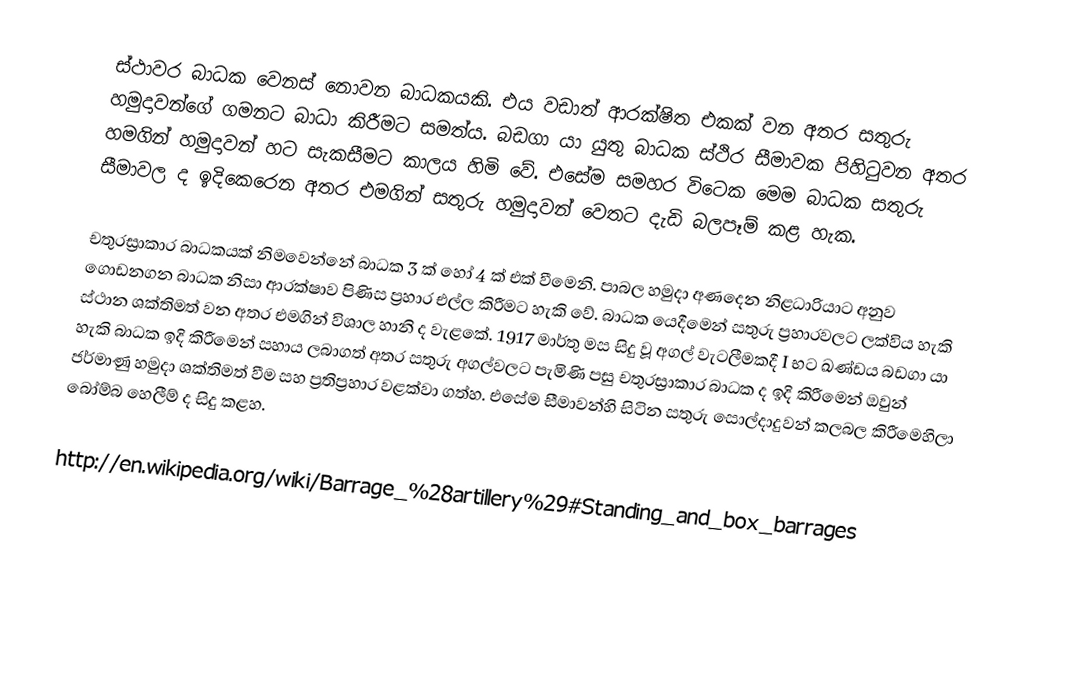
ස්ථාවර බාධක වෙනස් නොවන බාධකයකි. එය වඩාත් ආරක්ෂිත එකක් වන අතර සතුරු හමුදාවන්ගේ ගමනට බාධා කිරීම‍ට සමත්ය. බඩගා යා යුතු බාධක ස්ථිර සීමාවක පිහිටුවන අතර හමගින් හමුදාවන් හට සැකසීමට ක‍ාලය හිමි වේ. එසේම සමහර විටෙක මෙම බාධක සතුරු සීමාවල ද ඉදිකෙරෙන අතර එමගින් සතුරු හමුදාවන් වෙතට දැඩි බලපෑම් කළ හැක.

චතුරස්‍රාකාර බාධකයක් නිමවෙන්නේ බාධක 3 ක් හෝ 4 ක් එක් වීමෙනි. පාබල හමුදා අණදෙන නිළධාරියාට අනුව ගොඩනගන බාධක නිසා ආරක්ෂාව පිණිස ප්‍රහාර එල්ල කිරීමට හැකි වේ. බාධක යෙදීමෙන් සතුරු ප්‍රහාරවලට ලක්විය හැකි ස්ථාන ශක්තිමත් වන අතර එමගින් විශාල හානි ද වැළකේ. 1917 මාර්තු මස සිදු වූ අගල් වැටලීමකදී  I භට ඛණ්ඩය බඩගා යා හැකි බාධක ඉදි කිරීමෙන් සහාය ලබාගත් අතර සතුරු අගල්වලට පැමිණි පසු චතුරස්‍රාකාර බාධක ද ඉදි කිරීමෙන් ඔවුන් ජර්මාණු හමුදා ශක්තිමත් වීම සහ ප්‍රතිප්‍රහාර වළක්වා ගත්හ. එසේම සීමාවන්හි සිටින සතුරු සොල්දාදුවන් කලබල කිරීමෙහිලා බෝම්බ හෙලීම් ද සිදු කළහ.

http://en.wikipedia.org/wiki/Barrage_%28artillery%29#Standing_and_box_barrages